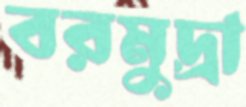
বরমুদ্রা